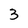
Character: 3